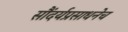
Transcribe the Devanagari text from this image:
सौंदर्यप्रसाधनेच